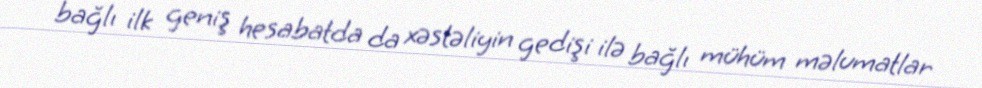
bağlı ilk geniş hesabatda da xəstəliyin gedişi ilə bağlı mühüm məlumatlar